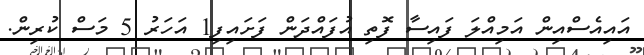
އައިއެސްއިން އަމިއްލަ ފައިސާ ފޮތި އުފައްދަން ފަަށައިފި1 އަހަރު 5 މަސް ކުރިން.